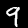
Digit: 9